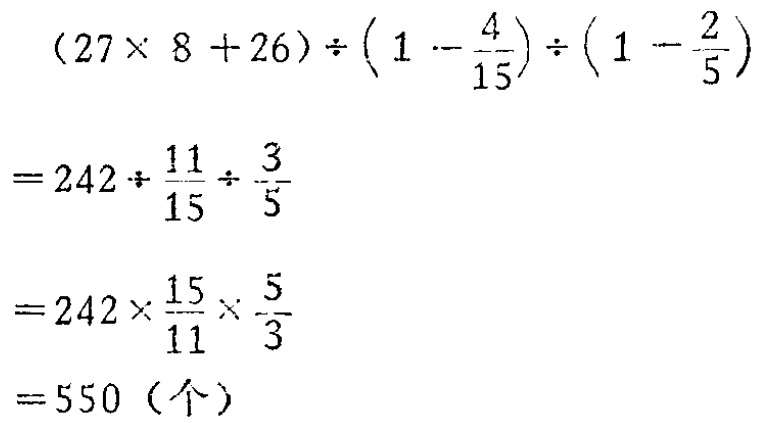
\[

\begin{align*}

&(27\times 8 + 26)\div(1 - \frac{4}{15})\div(1 - \frac{2}{5})\\

=&242\div\frac{11}{15}\div\frac{3}{5}\\

=&242\times\frac{15}{11}\times\frac{5}{3}\\

=&550（个）

\end{align*}

\]